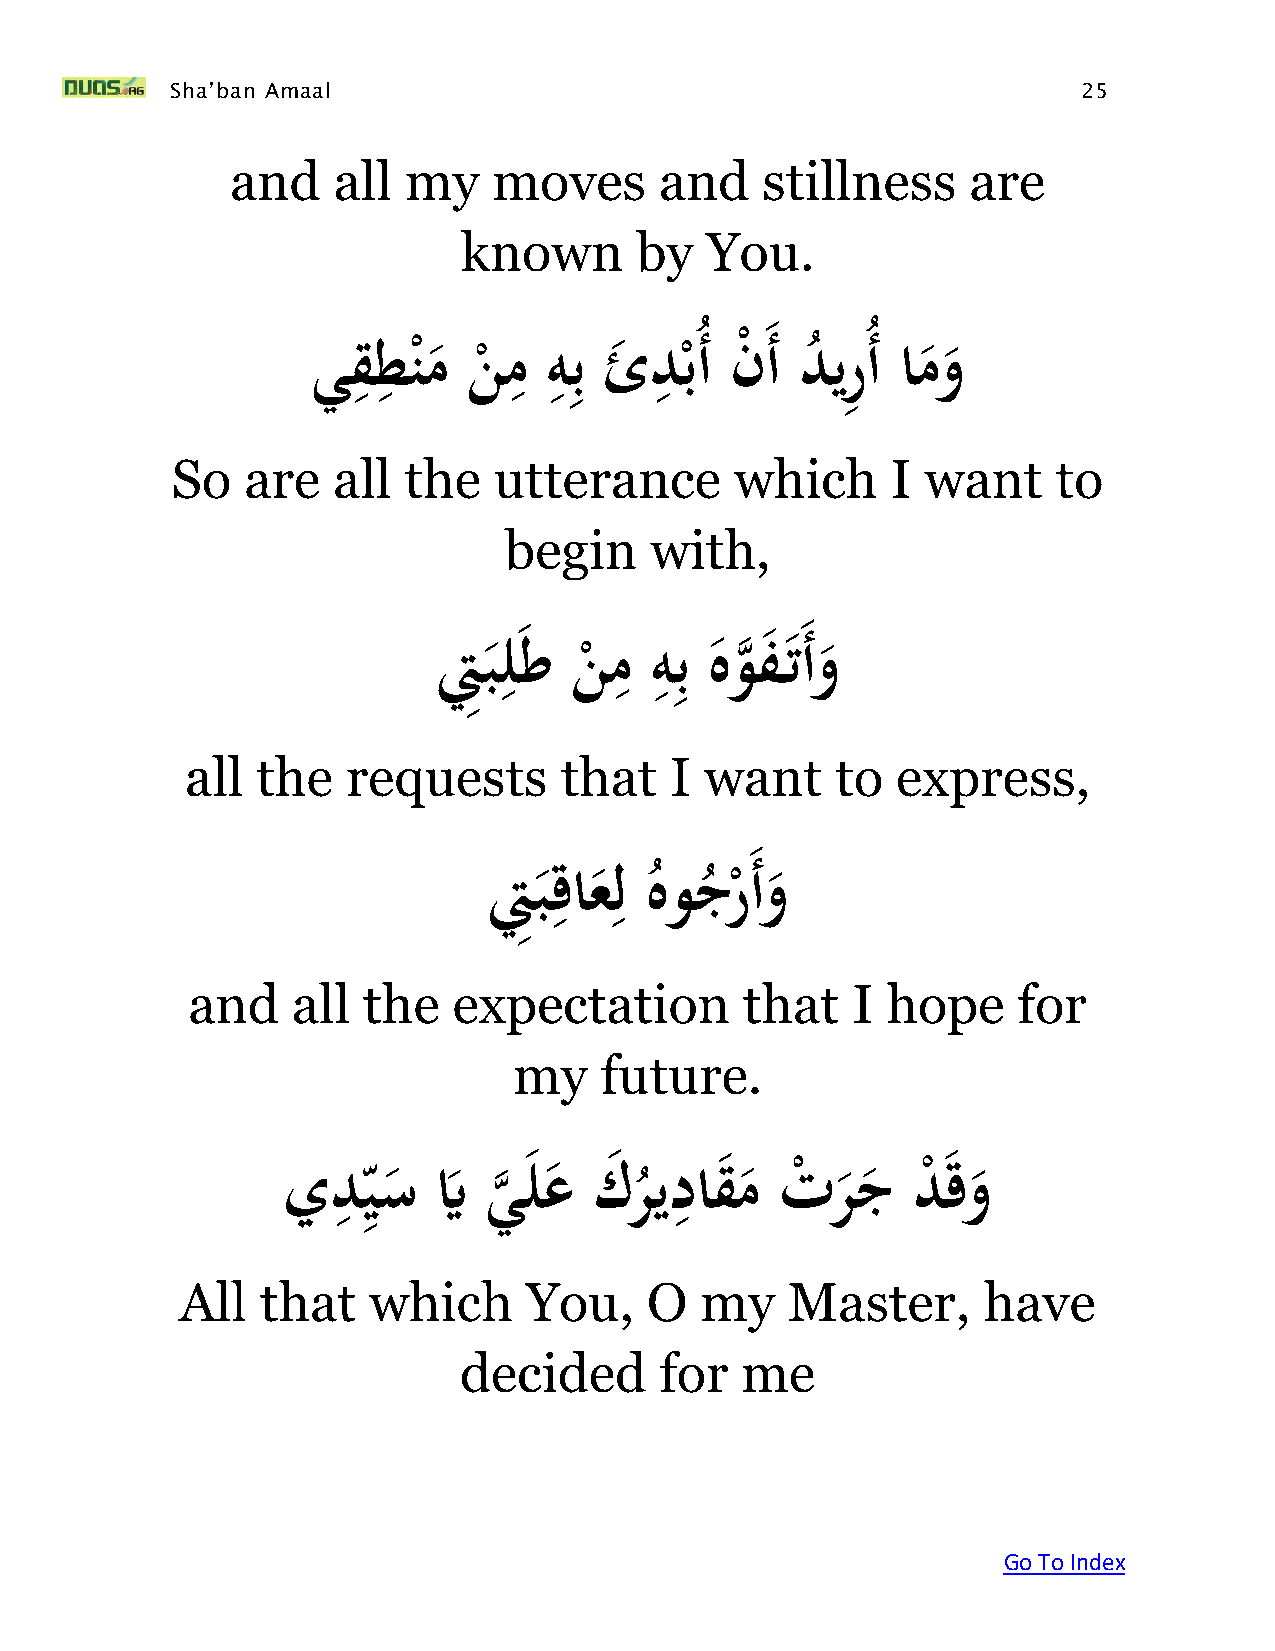
Sha’ban Amaal                                                25
 and    all  my    moves      and   stillness     are
 known      by   You.
 ِ ِ        ِ ِِ     ِ
 ِ
 يقطنمَنمَهبَئدبَُأََن         أََديرَُأَامو
 ْ
 ْ   ْ             ْ       ُ
 So   are   all  the   utterance       which     I want     to
 begin     with,
 ِ       ِ ِِ
 تَ ِ بل طَن
 ْ
 مَهبَ  هو هف ت َأوَ
 all  the   requests      that   I  want    to  express,
 ِ   ِ
 تَ ِبقاعلَهوجر    َأوَ
 ُ  ُ ْ
 and    all  the   expectation        that   I  hope    for
 my    future.
 ِ                      ِ
 ِ
 يد   َيس َيَّ َي
 ه
 لع َك ر ُيداق م َت
 ْ
 ر ج َد
 ْ
 قو
 All  that   which      You,    O  my    Master,      have
 decided       for  me
 Go To Index